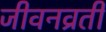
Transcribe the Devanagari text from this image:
जीवनव्रती